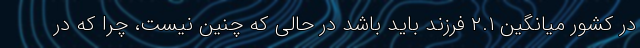
در کشور میانگین ۲.۱ فرزند باید باشد در حالی که چنین نیست، چرا که در